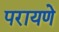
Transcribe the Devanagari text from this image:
परायणे